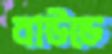
বাউডে